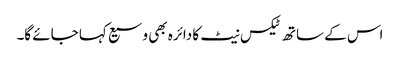
اس کے ساتھ ٹیکس نیٹ کا دائرہ بھی وسیع کہا جائے گا۔